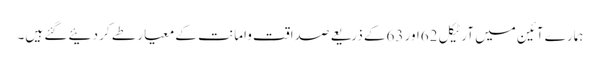
ہمارے آئین میں آرٹیکل 62اور 63کے ذریعے صداقت وامانت کے معیار طے کر دئیے گئے ہیں۔